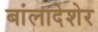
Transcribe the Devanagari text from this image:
बांलादेशेर